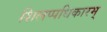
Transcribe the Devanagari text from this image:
शिलप्पधिकारम्‌